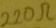
Text: 220Ω